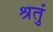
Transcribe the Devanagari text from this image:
श्रतुं